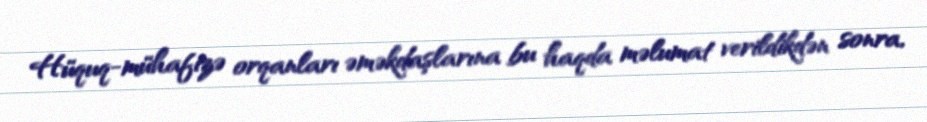
Hüquq-mühafizə orqanları əməkdaşlarına bu haqda məlumat verildikdən sonra,